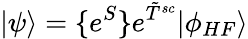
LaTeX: |\psi\rangle=\{ e^{S}\} e^{\tilde{T}^{sc}}|\phi_{HF}\rangle